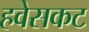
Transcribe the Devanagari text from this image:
हवेसकट